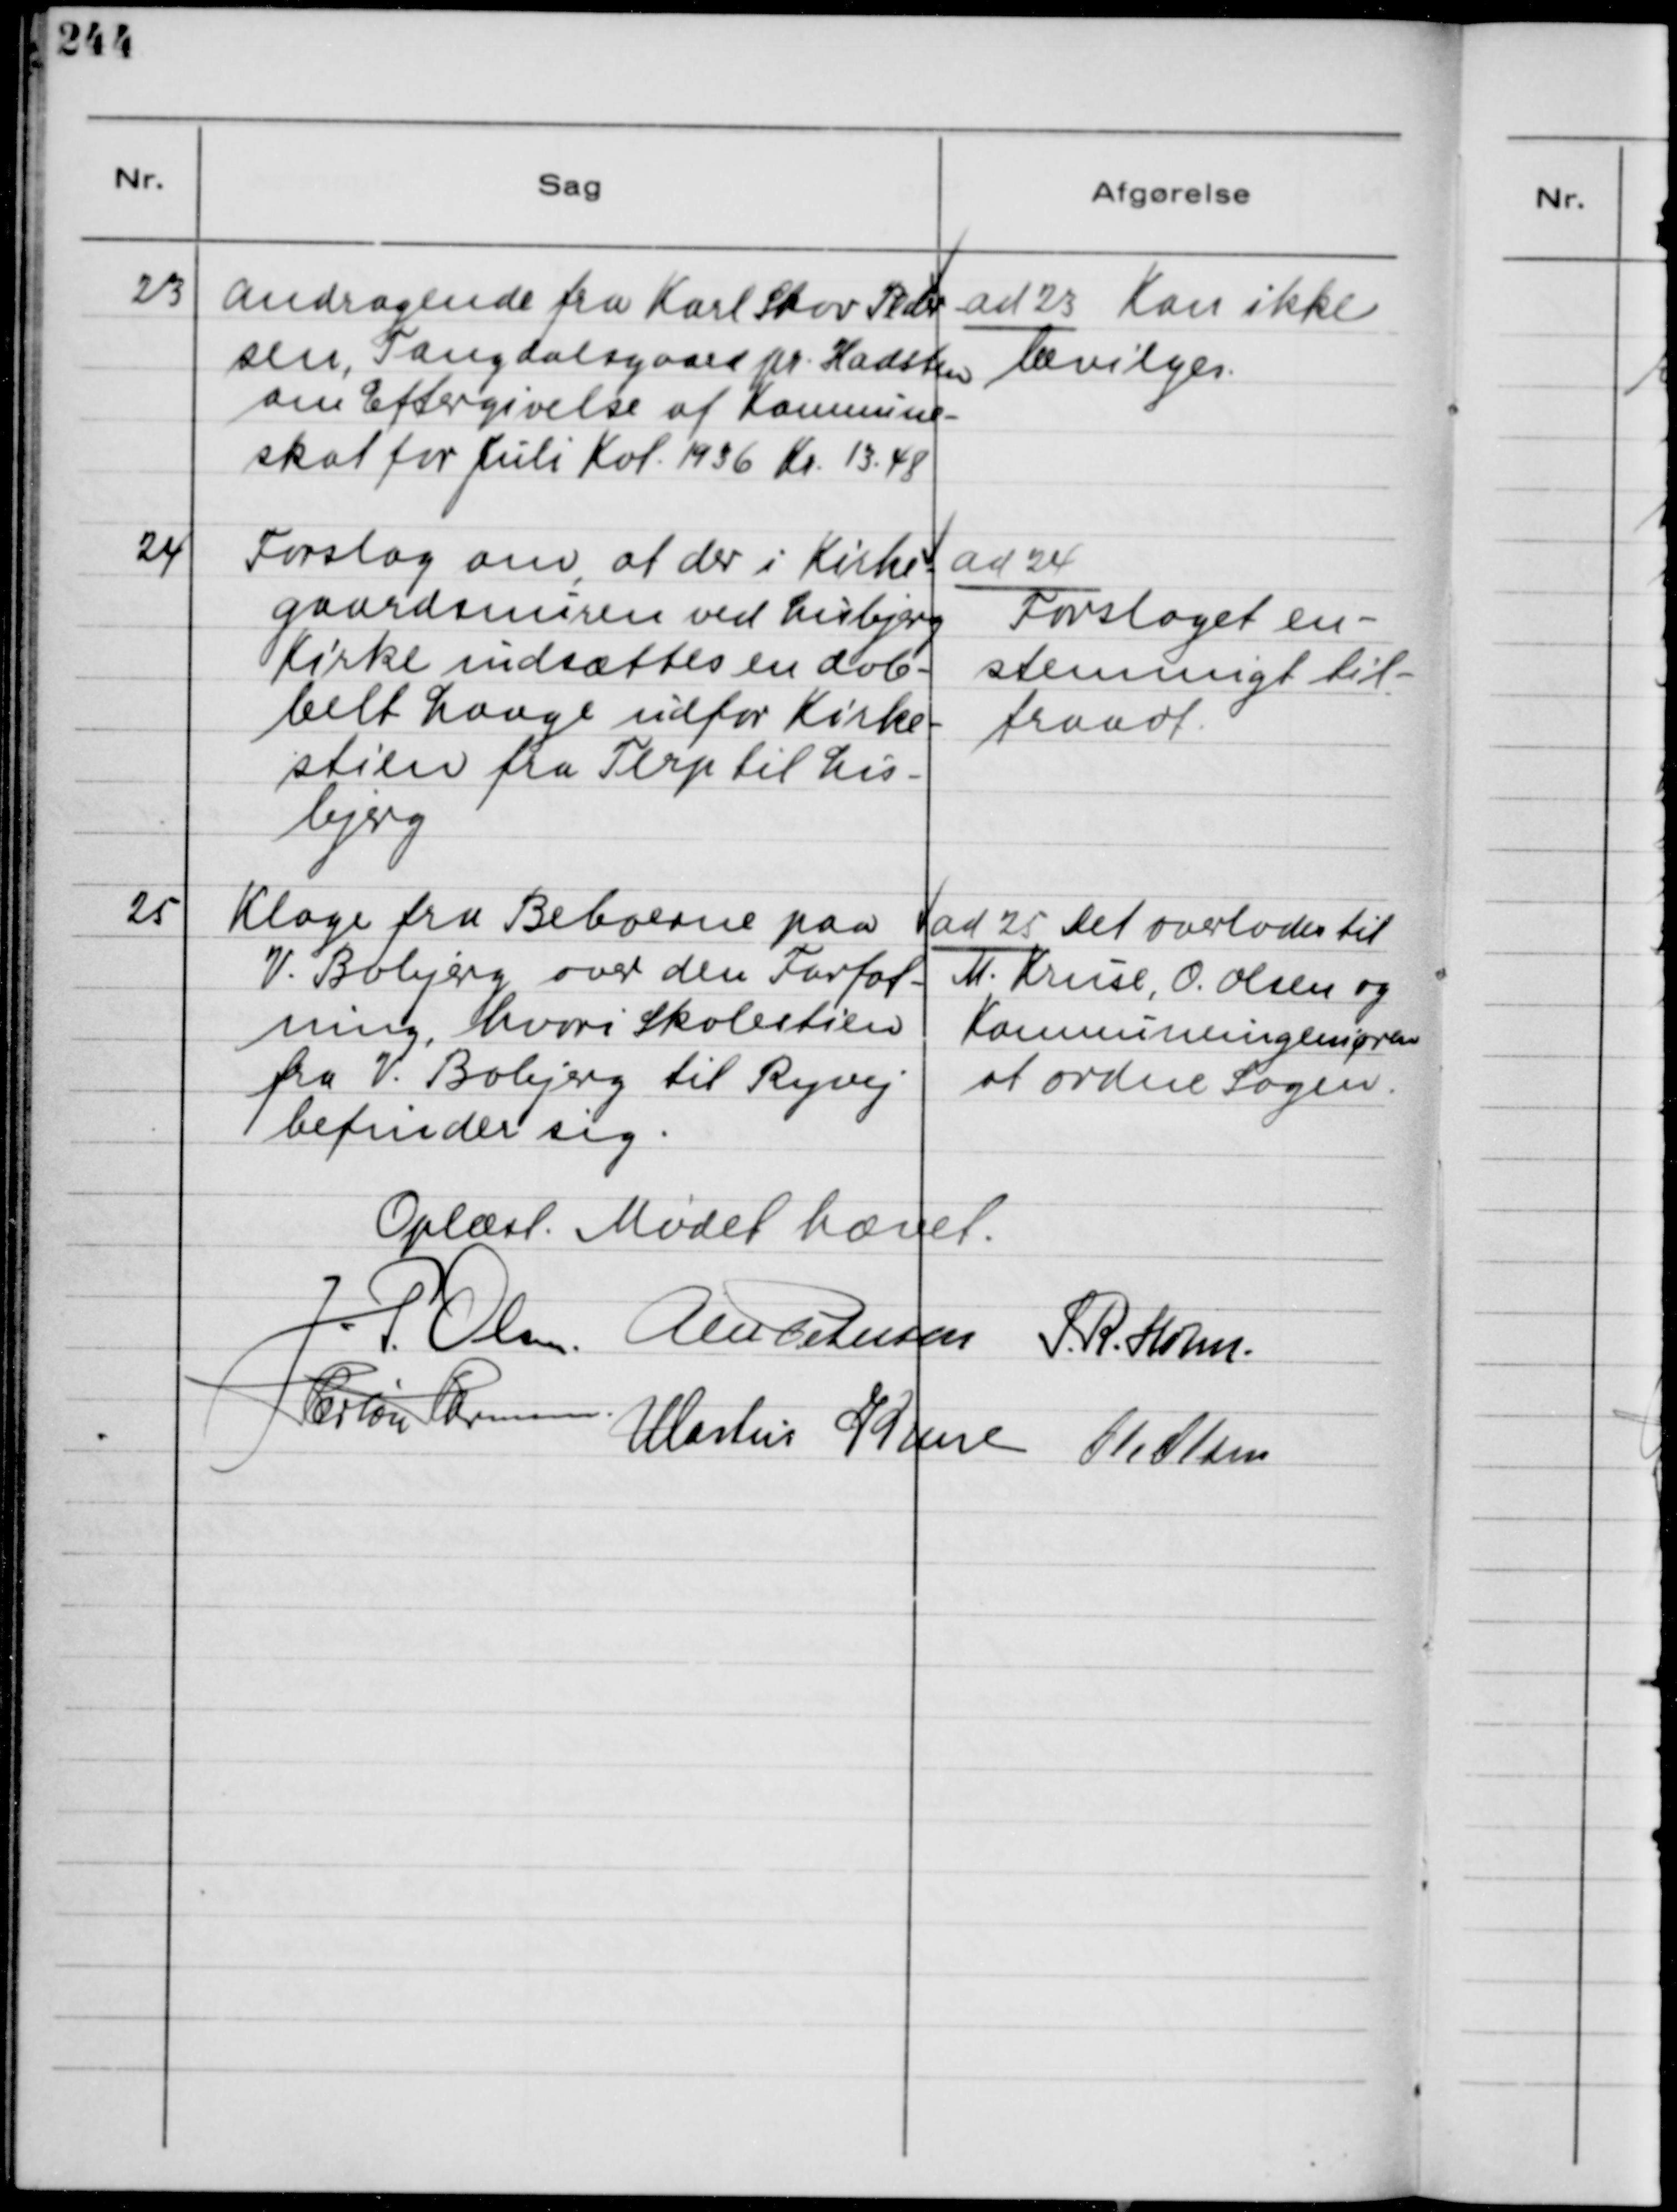
Transskription:
23
Andragende fra Karl Skov Peder-
sen, Tangdalsgaard pr. Hadsten
om Eftergivelse af Komnune-
skat for Juli Kvt. 1936 Kr. 13,48

ad 23 Kan ikke
bevilges.

24
Forslag om, at der i Kirke-
gaardsnuren ved Lisbjerg
Kirke indsættes en dob-
belt Laage udfor Kirke-
stien fra Terp til Lis-
bjerg

ad 24
Forslaget en-
stemmigt til-
traadt.

25
Klage fra Beboerne paa
V. Bobjerg over den Forfat-
ning, hvori skolestien
fra V. Bobjerg til Ryvej
befinder sig.

ad 25 Det overlodes til
M. Kruse, O. Olsen og
Kommuneingeniøren
at ordnne Sagen.

Oplæst. Mødet hævet.
J. P. Olsen
Alex Petersen
S. R. Holm
Herlou Harmsen
Martin Kruse
Ole Olsen